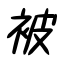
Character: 被